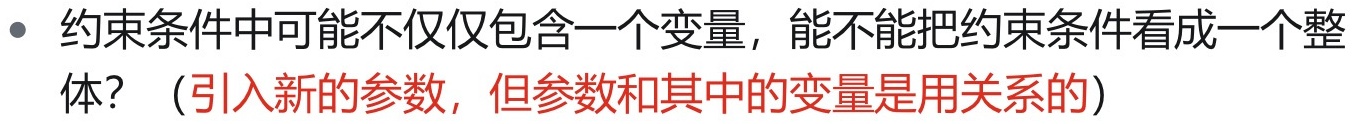
- 约束条件中可能不仅仅包含一个变量，能不能把约束条件看成一个整体？（引入新的参数，但参数和其中的变量是用关系的）